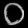
Digit: ၀